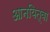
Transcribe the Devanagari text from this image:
आनयित्वा